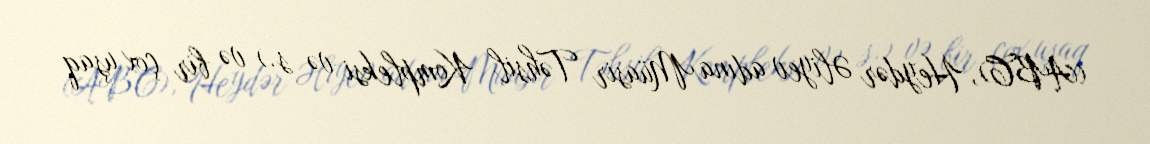
(ABC), Heydər Əliyev adına Müasir Təhsil Kompleksi və s.) və bir çox uşaq